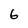
Character: 6